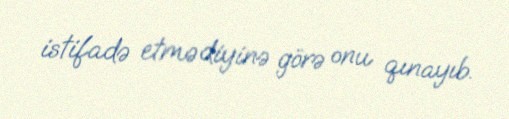
istifadə etmədiyinə görə onu qınayıb.